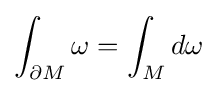
\int _{\partial M}\omega =\int _{M}d\omega